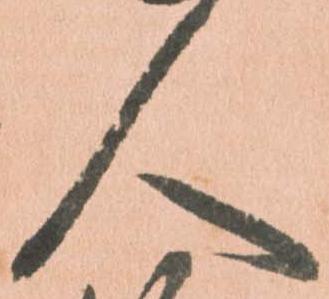
人